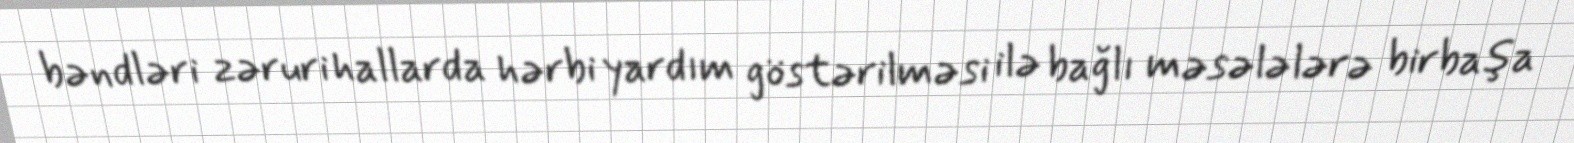
bəndləri zəruri hallarda hərbi yardım göstərilməsi ilə bağlı məsələlərə birbaşa